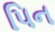
પિન